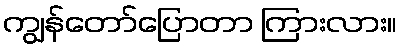
ကျွန်တော်ပြောတာ ကြားလား။